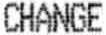
CHANGE